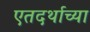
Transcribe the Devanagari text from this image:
एतदर्थाच्या